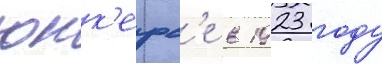
юнк'ерс'е в 1923 году